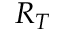
R _ { T }